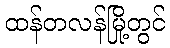
ထန်တလန်မြို့တွင်